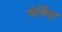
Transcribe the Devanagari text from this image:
मेर्निएर